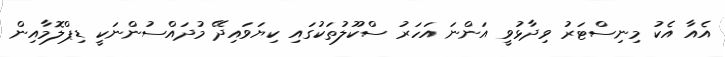
އެއާ އެކު މިނިސްޓަރު ވިދާޅުވީ އަންނަ އަހަރު ސްކޫލުތަކުގައި ކިޔަވައިދޭ މުދައްސުންނަކީ ޑިޕްލޮމާއިން